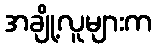
အချို့လူများက